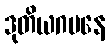
ဒုတိယဂမနေ